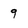
Character: 9